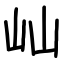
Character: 屾